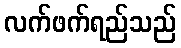
လက်ဖက်ရည်သည်